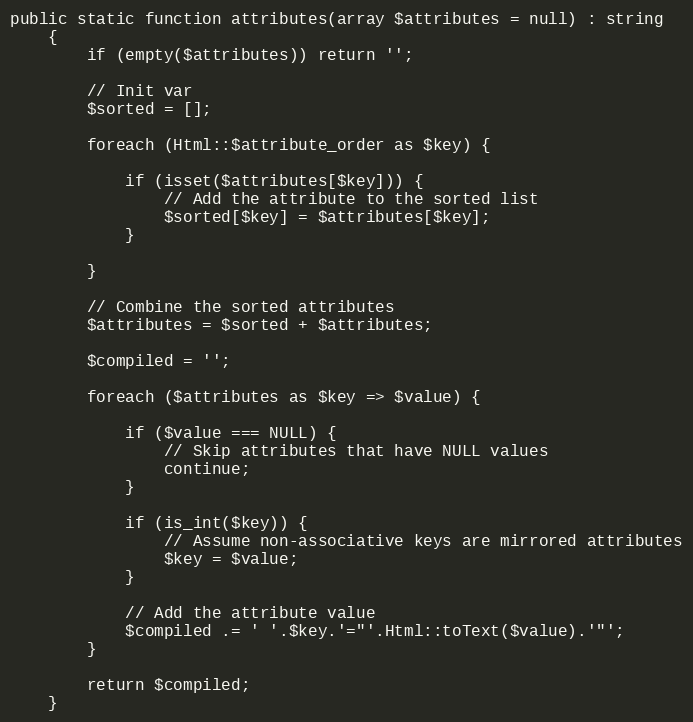
Language: PHP
public static function attributes(array $attributes = null) : string
    {
        if (empty($attributes)) return '';

        // Init var
        $sorted = [];

        foreach (Html::$attribute_order as $key) {

            if (isset($attributes[$key])) {
                // Add the attribute to the sorted list
                $sorted[$key] = $attributes[$key];
            }

        }

        // Combine the sorted attributes
        $attributes = $sorted + $attributes;

        $compiled = '';

        foreach ($attributes as $key => $value) {

            if ($value === NULL) {
                // Skip attributes that have NULL values
                continue;
            }

            if (is_int($key)) {
                // Assume non-associative keys are mirrored attributes
                $key = $value;
            }

            // Add the attribute value
            $compiled .= ' '.$key.'="'.Html::toText($value).'"';
        }

        return $compiled;
    }